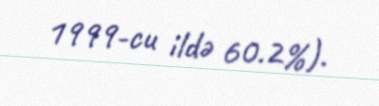
1999-cu ildə 60.2%).